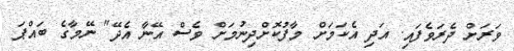
ވަރަށް ދެރަވެފައި. އަދި އެކަމަށް މާފުކޮށްދިނުމަށް ވެސް އޭނާ އެދޭ" ނޭމާގެ ބައްޕަ